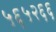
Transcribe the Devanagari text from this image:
५६५२६६